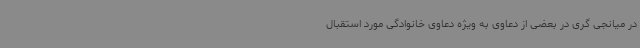
در میانجی گری در بعضی از دعاوی به ویژه دعاوی خانوادگی مورد استقبال